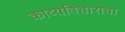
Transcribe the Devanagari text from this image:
काव्यविचाराचा